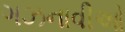
ગઝનાવીઓ